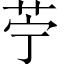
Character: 苧